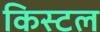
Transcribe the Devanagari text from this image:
किस्टल